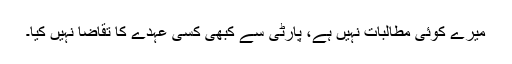
میرے کوئی مطالبات نہیں ہے، پارٹی سے کبھی کسی عہدے کا تقاضا نہیں کیا۔